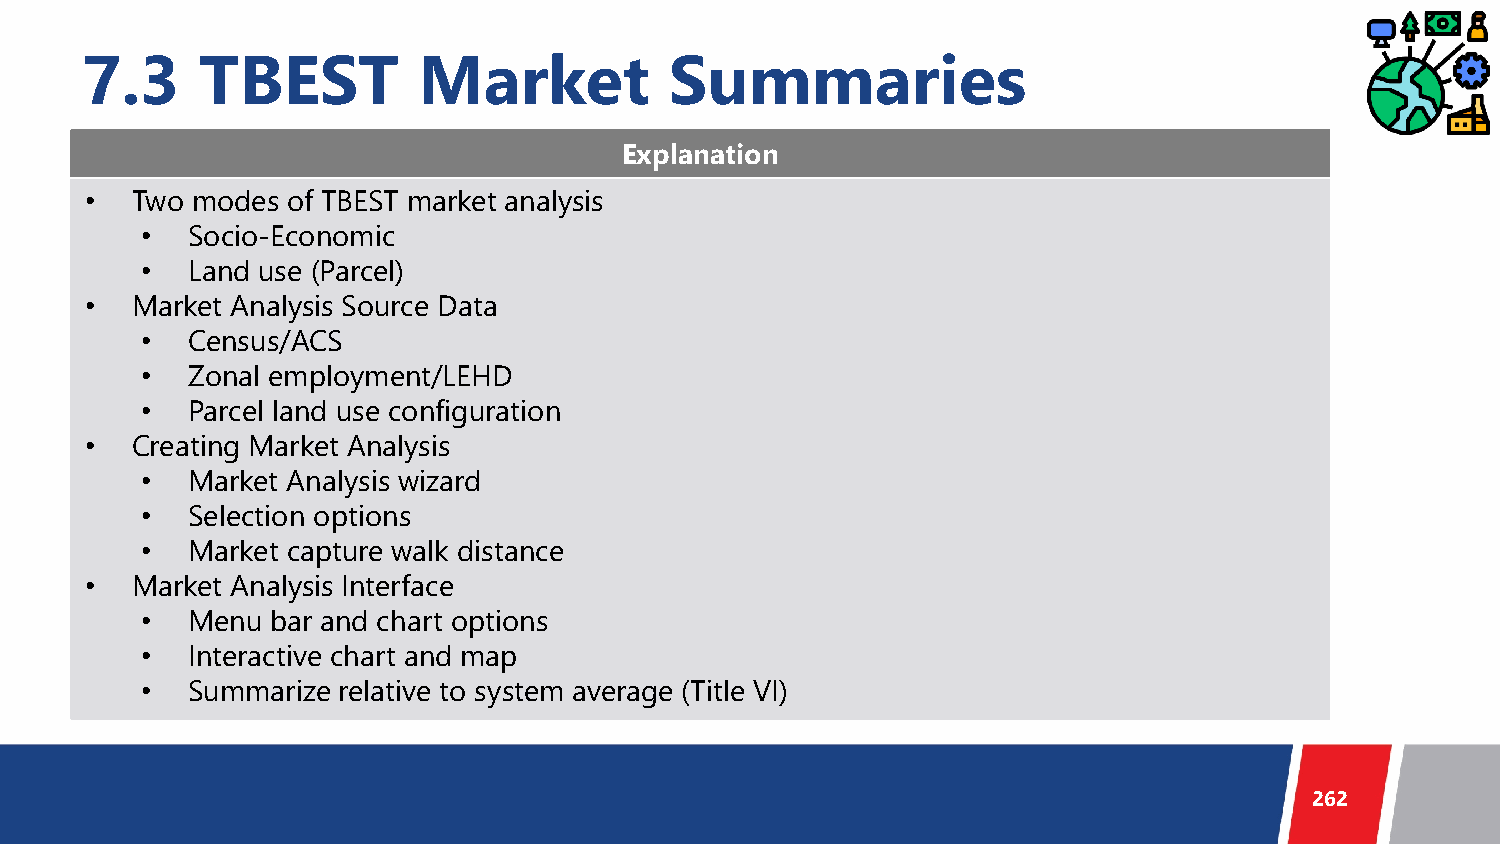
7.3     TBEST          Market          Summaries
 Explanation
 •  Two modes of TBEST market analysis
 •  Socio-Economic
 •  Land use (Parcel)
 •  Market Analysis Source Data
 •  Census/ACS
 •  Zonal employment/LEHD
 •  Parcel land use configuration
 •  Creating Market Analysis
 •  Market Analysis wizard
 •  Selection options
 •  Market capture walk distance
 •  Market Analysis Interface
 •  Menu  bar and chart options
 •  Interactive chart and map
 •  Summarize relative to system average (Title VI)
 262